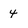
Character: 4